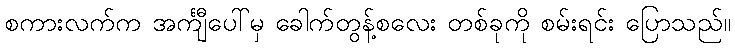
စကားလက်က အင်္ကျီပေါ်မှ ခေါက်တွန့်စလေး တစ်ခုကို စမ်းရင်း ပြောသည်။